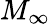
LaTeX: M_{\infty}